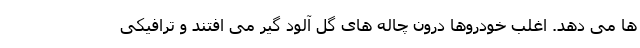
ها می دهد. اغلب خودروها درون چاله های گل آلود گیر می افتند و ترافیکی